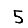
Digit: 5